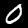
Digit: 0